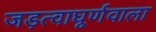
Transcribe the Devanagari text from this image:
जड़त्वाघूर्णवाला